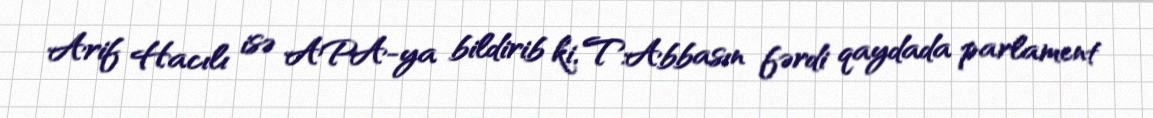
Arif Hacılı isə APA-ya bildirib ki, T.Abbasın fərdi qaydada parlament